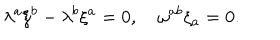
\lambda ^ { a } \xi ^ { b } - \lambda ^ { b } \xi ^ { a } = 0 , \quad \omega ^ { a b } \xi _ { a } = 0 .